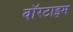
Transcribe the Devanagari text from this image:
वॉरटाइम